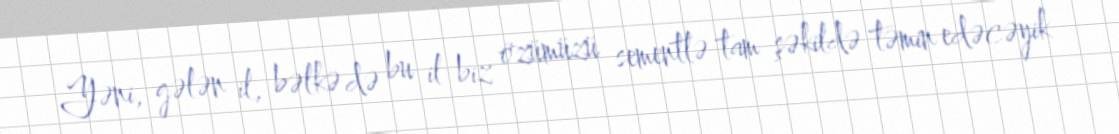
Yəni, gələn il, bəlkə də bu il biz özümüzü sementlə tam şəkildə təmin edəcəyik